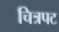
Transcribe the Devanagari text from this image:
चित्रपट